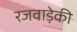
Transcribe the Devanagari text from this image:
रजवाड़ेकी